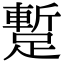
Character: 蹔